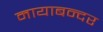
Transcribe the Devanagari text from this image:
मायाबन्दर